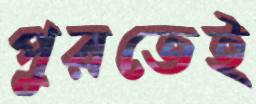
পুরতেই